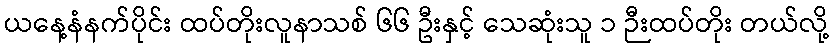
ယနေ့နံနက်ပိုင်း ထပ်တိုးလူနာသစ် ၆၆ ဦးနှင့် သေဆုံးသူ ၁ ဉီးထပ်တိုး တယ်လို့